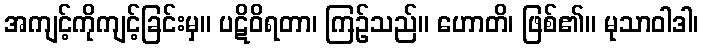
အကျင့်ကိုကျင့်ခြင်းမှ။ ပဋိဝိရတာ၊ ကြဉ်သည်။ ဟောတိ၊ ဖြစ်၏။ မုသာဝါဒါ၊